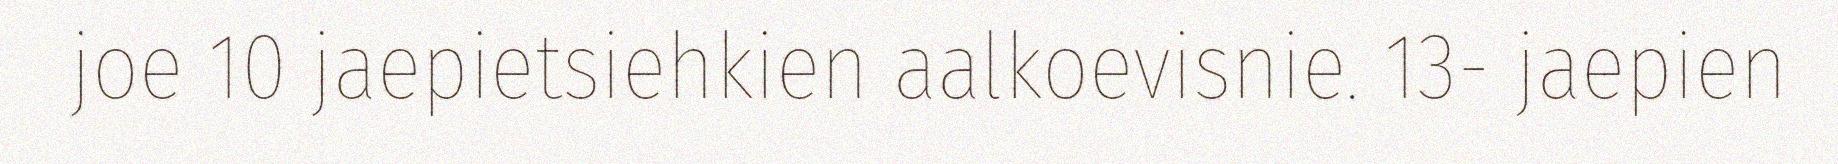
joe 10 jaepietsiehkien aalkoevisnie. 13- jaepien